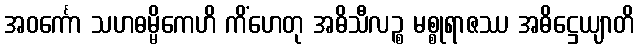
အဝင်္ကော သဟဓမ္မိကေဟိ ကိံဟေတု အဓိသီလဉ္စ မစ္စုရာဇဿ အဓိဋ္ဌေယျာတိ